Indian journal of veterinary science and animal husbandry - Volume 8,
Year: 1938
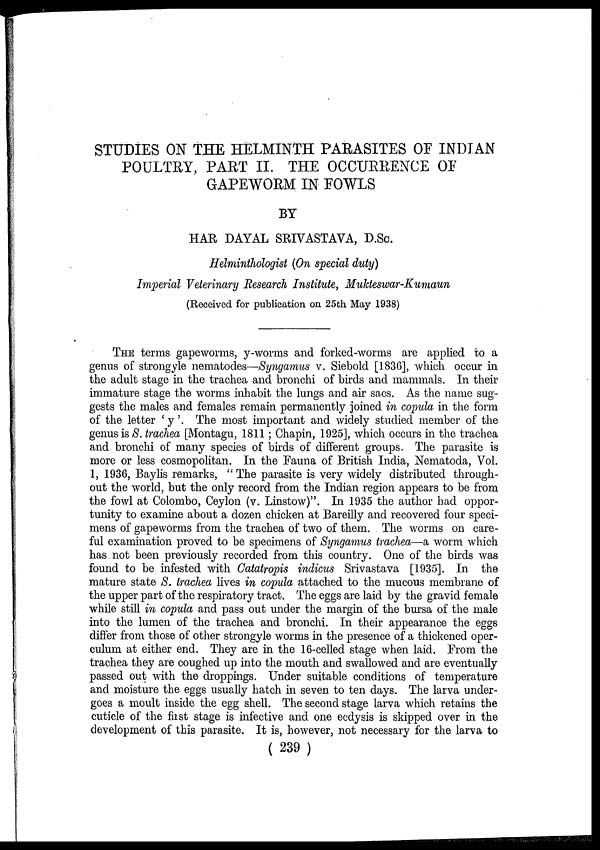
STUDIES ON THE HELMINTH PARASITES OF INDIAN
POULTRY, PART II. THE OCCURRENCE OF
GAPEWORM IN FOWLS
BY
HAR DAYAL SRIVASTAVA, D.Sc.
Helminthologist (On special duty)
Imperial Veterinary Research Institute, Mukteswar-Kumaun
(Received for publication on 25th May 1938)
THE terms gapeworms, y-worms and forked-worms are applied to a
genus of strongyle nematodes—Syngamus v. Siebold [1836], which occur in
the adult stage in the trachea and bronchi of birds and mammals. In their
immature stage the worms inhabit the lungs and air sacs. As the name sug-
gests the males and females remain permanently joined in copula in the form
of the letter ' y '. The most important and widely studied member of the
genus is S. trachea [Montagu, 1811; Chapin, 1925], which occurs in the trachea
and bronchi of many species of birds of different groups. The parasite is
more or less cosmopolitan. In the Fauna of British India, Nematoda, Vol.
1, 1936, Baylis remarks, " The parasite is very widely distributed through-
out the world, but the only record from the Indian region appears to be from
the fowl at Colombo, Ceylon (v. Linstow)". In 1935 the author had oppor-
tunity to examine about a dozen chicken at Bareilly and recovered four speci-
mens of gapeworms from the trachea of two of them. The worms on care-
ful examination proved to be specimens of Syngamus trachea—a worm which
has not been previously recorded from this country. One of the birds was
found to be infested with Catatropis indicus Srivastava [1935]. In the
mature state S. trachea lives in copula attached to the mucous membrane of
the upper part of the respiratory tract. The eggs are laid by the gravid female
while still in copula and pass out under the margin of the bursa of the male
into the lumen of the trachea and bronchi. In their appearance the eggs
differ from those of other strongyle worms in the presence of a thickened oper-
culum at either end. They are in the 16-celled stage when laid. From the
trachea they are coughed up into the mouth and swallowed and are eventually
passed out with the droppings. Under suitable conditions of temperature
and moisture the eggs usually hatch in seven to ten days. The larva under-
goes a moult inside the egg shell. The second stage larva which retains the
cuticle of the first stage is infective and one ecdysis is skipped over in the
development of this parasite. It is, however, not necessary for the larva to
( 239 )